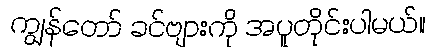
ကျွန်တော် ခင်ဗျားကို အပူတိုင်းပါမယ်။